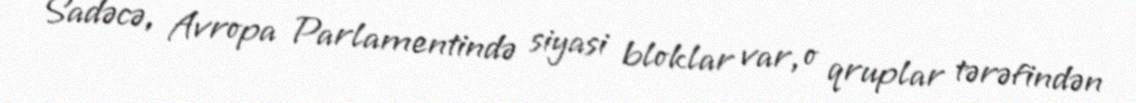
Sadəcə, Avropa Parlamentində siyasi bloklar var, o qruplar tərəfindən